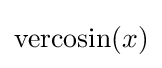
\operatorname {vercosin} (x)